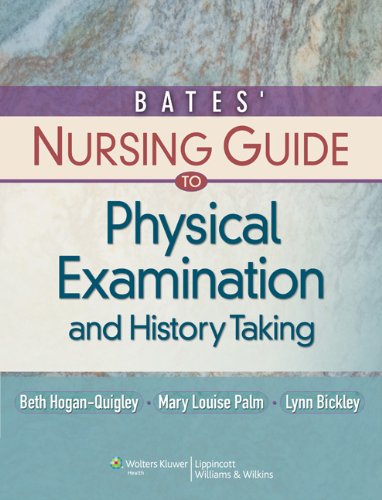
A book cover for Bates' Nursing Guide to Physical Examination and History Taking (Guide to Physical Exam & History Taking (Bates)); Beth Hogan-Quigley MSN  RN  CRNP; Medical Books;